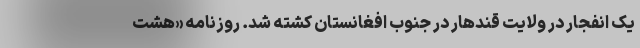
یک انفجار در ولایت ‌قندهار در جنوب افغانستان کشته شد. روزنامه «هشت